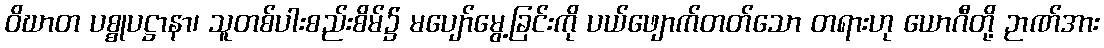
ဝိဃာတ ပစ္စုပဋ္ဌာနာ၊ သူတစ်ပါးစည်းစိမ်၌ မပျော်မွေ့ခြင်းကို ပယ်ဖျောက်တတ်သော တရားဟု ယောဂီတို့ ဉာဏ်အား